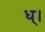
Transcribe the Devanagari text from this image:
ध्।